Report on sanitation, dispensaries, and jails in Rajputana for 1912, and on vaccination for the year 1912-1913 - 1912-1913
Year: 1912
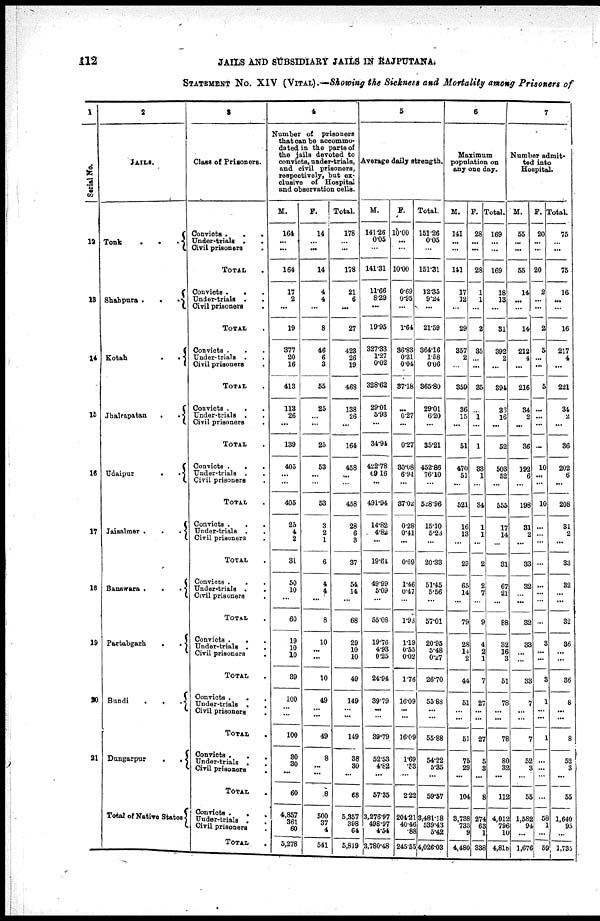
112
JAILS AND SUBSIDIARY JAILS IN RAJPUTANA.
STATEMENT No. XIV (VITAL).—Showing the Sickness and Mortality among Prisoners of
1
Serial No.
12
18
14
15
16
17
18
19
20
21
2
JAILS.
Tonk
. .
.
Shahpura .
.
.
Kotah
.
.
Jhalrapatan
.
.
Udaipur
.
.
Jaisalmer .
.
.
Banswara .
.
.
Partabgarh
.
.
Bundi
.
.
.
Dungarpur
.
.
Total of Native States
3
Class of Prisoners.
Convicts .
.
.
Under-trials .
.
Civil prisoners.
TOTAL
.
Convicts .
. .
Under-trials . .
Civil prisoners .
TOTAL .
Convicts .
.
.
Under-trials .
.
Civil prisoners .
TOTAL .
Convicts .
. .
Under-trials . .
Civil prisoners .
TOTAL .
Convicts .
.
.
Under-trials . .
Civil prisoners .
TOTAL .
Convicts .
.
.
Under-trials . .
Civil prisoners .
TOTAL .
Convicts .
. .
Under-trials . .
Civil prisoners .
TOTAL .
Convicts .
.
.
Under-trials . .
Civil prisoners .
TOTAL .
Convicts .
. .
Under-trials . .
Civil prisoners .
TOTAL .
Convicts .
.
Under-trials . .
Civil prisoners .
TOTAL .
Convicts .
.
.
Under-trials .
.
Civil prisoners .
TOTAL .
4
Number of
prisoners
that can be accommo-
dated in the parts of
the jails devoted to
convicts, under-trials,
and civil prisoners,
respectively, but ex-
clusive of Hospital
and observation cells.
M.
164
...
...
164
17
2
...
19
377
20
16
413
113
26
...
139
405
...
...
405
25
4
2
31
50
10
...
60
19
10
10
39
100
...
...
100
30
30
...
60
4,85,7
361
60
5,278
F.
14
...
...
14
4
4
...
8
46
6
3
55
25
...
...
25
53
...
...
53
3
2
1
6
4
4
...
8
10
...
...
10
49
...
...
49
8
...
...
8
500
37
4
541
Total.
178
... ...
178
21
6
...
27
423
26
10
468
138
26
...
164
458
...
...
458
28
6
3
37
54
14
...
68
29
10
10
49
149
...
...
149
38
30
...
68
5,357
398
64
5,819
5
Average daily strength.
M.
141.26
0.05
...
141.31
11.66
8.29
...
19.95
327.33
1.27
0.02
328.62
29.01
5.93
...
34.94
422.78
69.16
...
491.94
14.82
4.82
...
19.64
49.99
5.09
...
55.08
19.76
4.93
0.25
24.94
39.79
...
...
39.79
52.53
4.82
...
57.35
3,276.97
498.97
4.54
3,780.48
F.
10.00
...
...
10.00
0.69
0.95
...
1.64
36.83
0.31
0.04
37.18
...
0.27
...
0.27
30.08
6.94
...
37.oa
0.28
0.41
...
0.69
1.46
0.47
...
1.93
1.19
0.55
0.02
1.76
16.09
...
...
16.09
1.69
.53
...
2.22
204.21
40.46
.88
245.55
Total.
151.26
0.05
...
151.31
12.35
9.24
...
21.59
364.16
1.58
0.06
365.80
29.01
6.20
...
35.21
452.86
76.10
...
528.96
15.10
5.23
...
20.33
51.45
5.56
...
57.01
20.95
5.48
0.27
26.70
55.88
...
...
55.88
54.22
5.35
...
59.57
3,481.18
539.43
5.42
4,026.03
6
Maximum
population on
any one day.
M.
141
...
...
141
17
12
...
29
357
2
...
359
36
15
...
51
470
51
...
521
16
13
...
29
65
14
...
79
28
14
2
44
51
...
...
51
75
29
...
104
3,738
733
9
4,480
F.
28
...
...
28
1
1
...
2
35
...
...
35
...
1
...
1
33
1
...
34
1
1
...
2
2
7
...
9
4
2
1
7
27
...
...
27
5
3
...
8
274
63
1
338
Total.
169
...
...
169
18
13
...
31
392
2
...
394
36
16
...
52
503
52
...
555
14
...
31
67
21
...
88
32
16
3
51
78
...
...
78
80
32
...
112
4,012
796
10
4,818
7
Number admit¬
ted into
Hospital.
M.
55
...
...
55
14
...
...
14
212
4
...
216
34
2
...
36
192
6
...
198
31
2
...
33
32
...
...
32
33
...
...
33
7
...
...
7
52
3
...
55
1,582
94
...
1,676
F.
20
...
...
20
2
...
...
2
5
...
...
5
...
...
...
...
10
...
...
10
...
...
...
...
...
...
...
...
3
...
...
3
1
...
...
1
...
...
...
...
58
1
...
59
Total
75
...
...
75
16
...
...
16
217
4
...
221
34
2
...
36
202
6
...
208
31
2
...
33
32
...
...
32
36
...
...
36
8
...
...
8
52
3
...
55
1,640
95
...
1,735